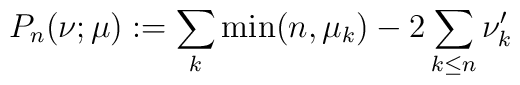
P_n(\nu ;\mu ):=\sum_k\min (n,\mu_k)-2\sum_{k\le n}\nu'_k